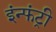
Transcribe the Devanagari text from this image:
इंन्फंट्री